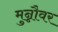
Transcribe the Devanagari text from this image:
मुन्नौवर